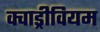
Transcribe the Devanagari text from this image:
क्वाड्रीवियम